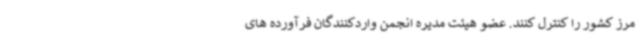
مرز کشور را کنترل کنند. عضو هیئت مدیره انجمن واردکنندگان فرآورده های